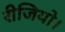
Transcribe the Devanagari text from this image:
रीजियो।